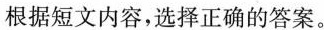
根据短文内容,选择正确的答案。